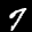
Label: 7